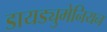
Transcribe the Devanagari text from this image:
डायड्युमेनियन